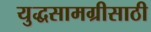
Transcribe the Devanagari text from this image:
युद्धसामग्रीसाठी